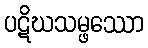
ပဋိဃသမ္ဖဿော